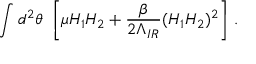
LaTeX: \int d ^ { 2 } \theta \, \, \left[ \mu H _ { 1 } H _ { 2 } + \frac { \beta } { 2 \Lambda _ { I R } } ( H _ { 1 } H _ { 2 } ) ^ { 2 } \right] \, .